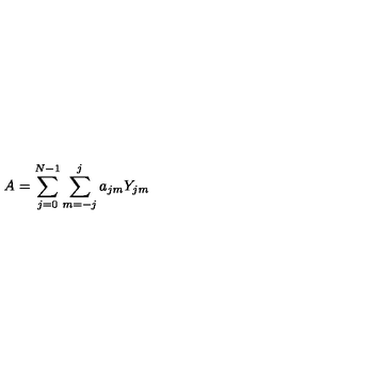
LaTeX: A = \sum _ { j = 0 } ^ { N - 1 } \sum _ { m = - j } ^ { j } a _ { j m } Y _ { j m }